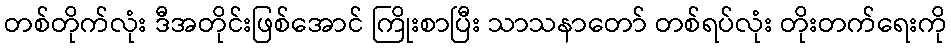
တစ်တိုက်လုံး ဒီအတိုင်းဖြစ်အောင် ကြိုးစာပြီး သာသနာတော် တစ်ရပ်လုံး တိုးတက်ရေးကို